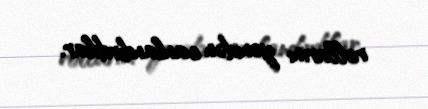
rollarını yenidən canlandırdılar.